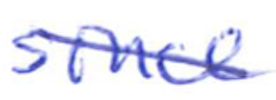
Text: since
Cross-out: diagonal
Writing tool: ballpoint